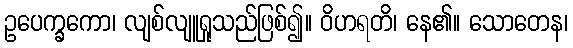
ဥပေက္ခကော၊ လျစ်လျူရှုသည်ဖြစ်၍။ ဝိဟရတိ၊ နေ၏။ သောတေန၊